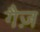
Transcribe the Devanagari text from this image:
गैज़